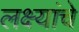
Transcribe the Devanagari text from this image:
लक्ष्यांचे